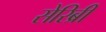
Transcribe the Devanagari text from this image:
सेरिब्री